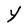
Character: Y